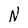
Character: N